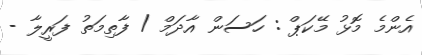
އެންމެ މޮޅު މޭކަޕް : ހަސަން އާދަމް / ފާތިމަތު ފަރީލާ -